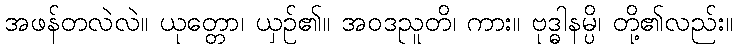
အဖန်တလဲလဲ။ ယုတ္တော၊ ယှဉ်၏။ အဝဒညူတိ၊ ကား။ ဗုဒ္ဓါနမ္ပိ၊ တို့၏လည်း။